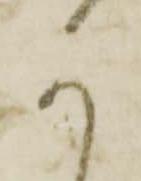
か